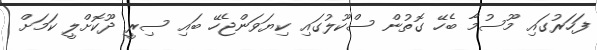
ފަހަރުގައި މޫސުމާ ބެހޭ ގޮތުން ސްކޫލުގައި ކިޔަވަންޖެހޭ ބައި ސިރީ ދޫކޮށްލީ ކަމަށް